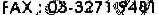
FAX : 03-3271 9481